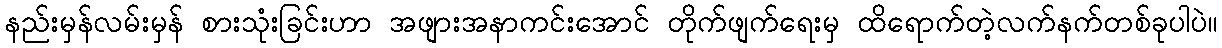
နည်းမှန်လမ်းမှန် စားသုံးခြင်းဟာ အဖျားအနာကင်းအောင် တိုက်ဖျက်ရေးမှ ထိရောက်တဲ့လက်နက်တစ်ခုပါပဲ။